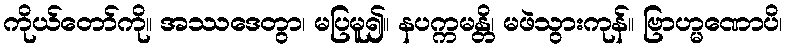
ကိုယ်တော်ကို။ အဿဒေတွာ၊ မပြမူ၍။ နပက္ကမန္တိ၊ မဖဲသွားကုန်။ ဗြာဟ္မဏောပိ၊